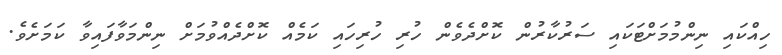
ހިއްކައި ނިންމުމަށްޓަކައި ސަރުކާރުން ކޮށްދެވެން ހުރި ހުރިހައި ކަމެއް ކޮށްދެއްވުމަށް ނިންމަވާފައިވާ ކަމަށެވެ.